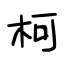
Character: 柯